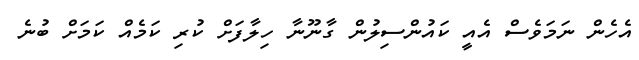
އެހެން ނަމަވެސް އެއީ ކައުންސިލުން ގާނޫނާ ހިލާފަށް ކުރި ކަމެއް ކަމަށް ބުނެ